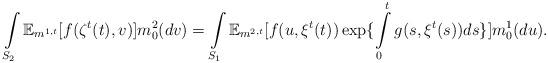
LaTeX: \begin{align*}\int\limits_{S_2}\mathbb{E}_{m^{1,t}}[f(\zeta^t(t),v)] m_0^2(dv) =\int\limits_{S_1}\mathbb{E}_{m^{2,t}}[f(u,\xi^t(t)) \exp \{\int\limits_0^t g(s,\xi^t(s))ds\}] m_0^1(du).\end{align*}